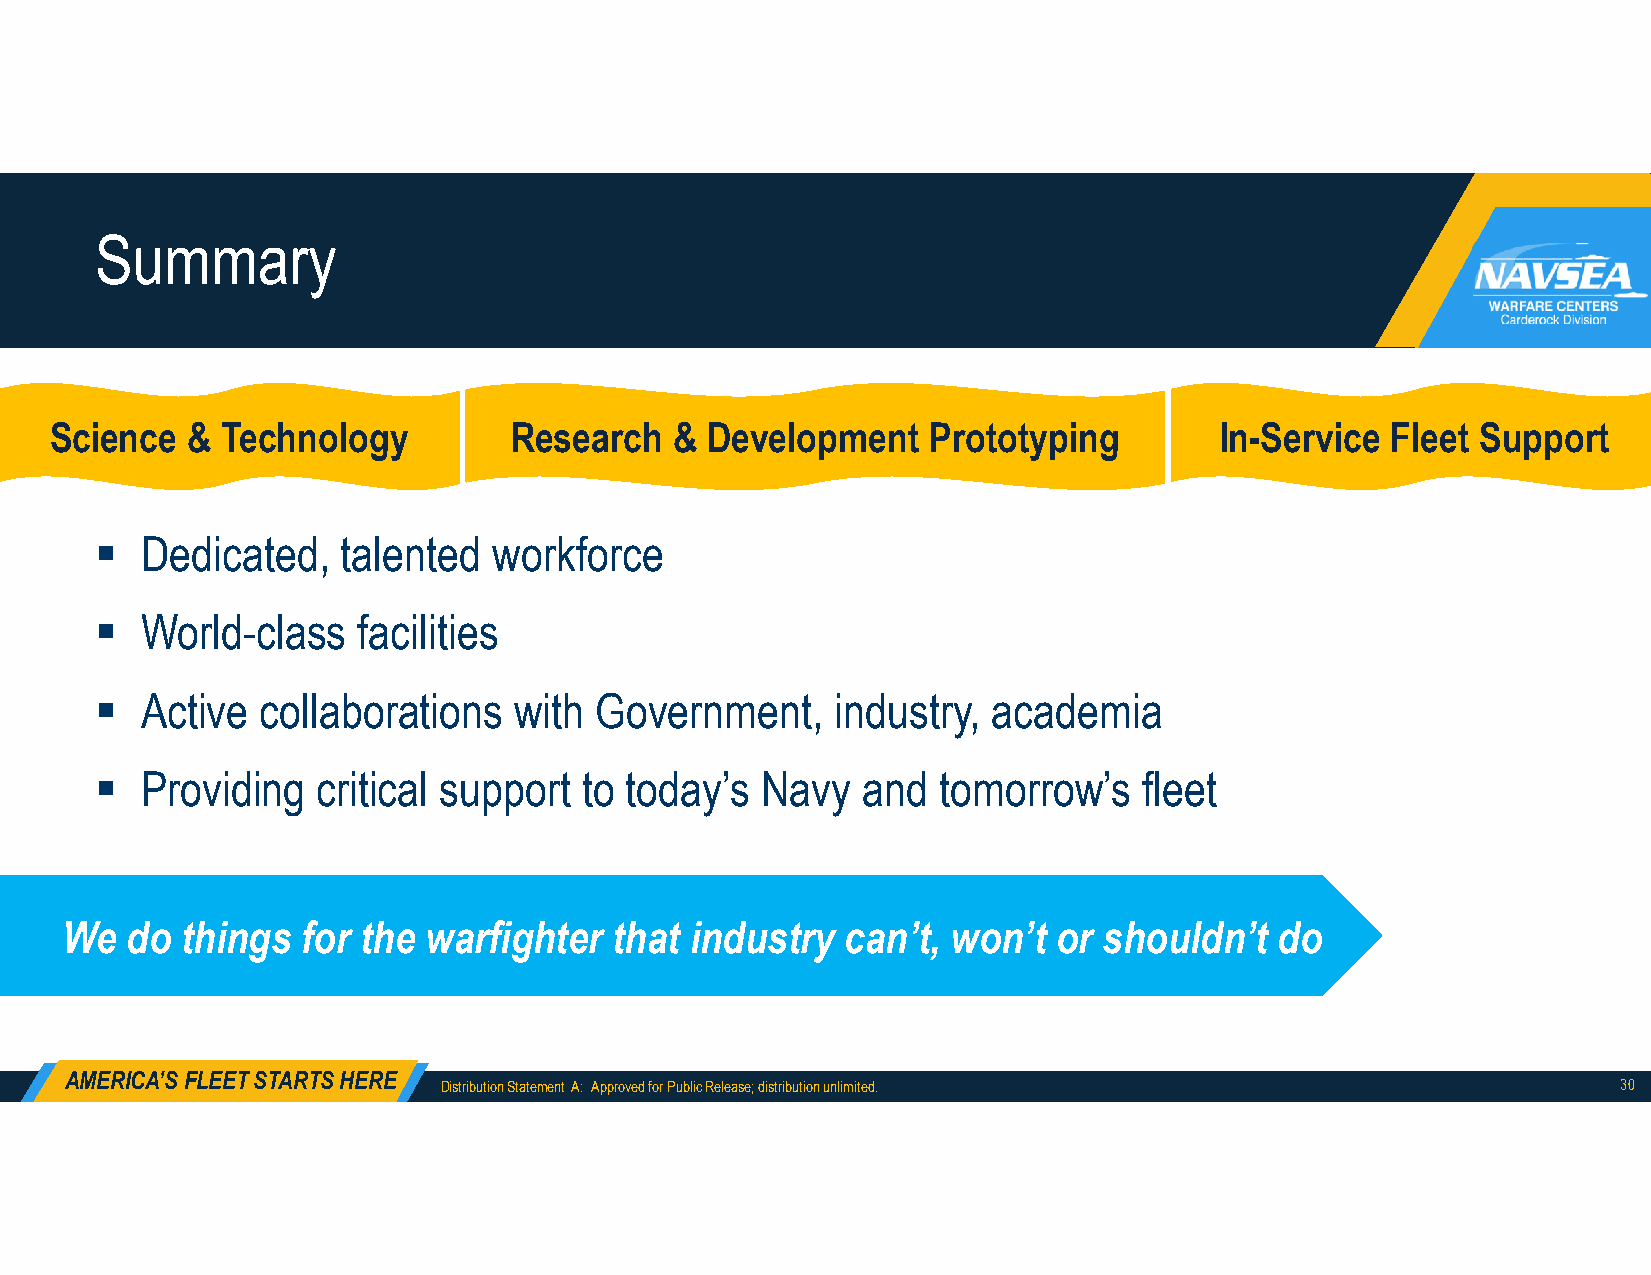
Summary
 Science  &  Technology         Research   & Development    Prototyping        In-Service Fleet Support
   Dedicated,    talented  workforce
   World-class    facilities
   Active  collaborations   with Government,     industry,  academia
   Providing   critical support  to today’s Navy   and  tomorrow’s    fleet
 We  do  things  for the warfighter   that industry  can’t, won’t  or shouldn’t   do
 AMERICA’S FLEET STARTS HERE
 Distribution Statement A: Approved for Public Release; distribution unlimited. 30